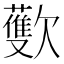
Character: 𪴳